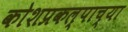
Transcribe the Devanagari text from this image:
कोशप्रकल्पाच्या